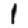
Digit: 1